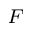
_ { F }